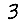
Digit: 3